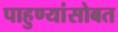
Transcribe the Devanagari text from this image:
पाहुण्यांसोबत